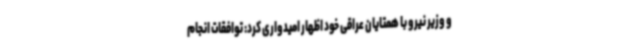
و وزیر نیرو با همتایان عراقی خود اظهار امیدواری کرد: توافقات انجام